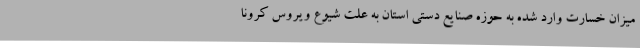
میزان خسارت وارد شده به حوزه صنایع دستی استان به علت شیوع ویروس کرونا